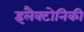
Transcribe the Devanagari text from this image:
इलैक्टोनिकी